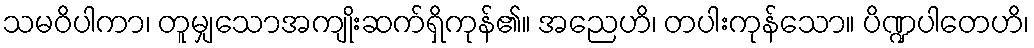
သမဝိပါကာ၊ တူမျှသောအကျိုးဆက်ရှိကုန်၏။ အညေဟိ၊ တပါးကုန်သော။ ပိဏ္ဍပါတေဟိ၊